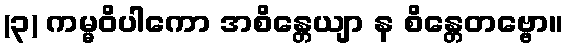
(၃) ကမ္မဝိပါကော အစိန္တေယျာ န စိန္တေတဗ္ဗော။